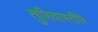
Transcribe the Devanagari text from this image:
तुरियास्तीरे